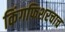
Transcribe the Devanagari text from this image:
किंगफिशरचाच